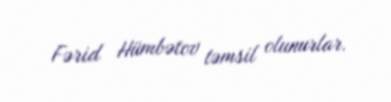
Fərid Hümbətov təmsil olunurlar.